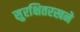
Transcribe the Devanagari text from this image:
सुरक्षितरखने